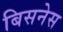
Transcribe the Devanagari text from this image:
बिसनेस